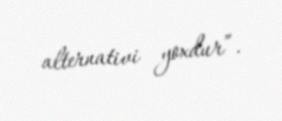
alternativi yoxdur”.